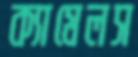
ক্যামেলস